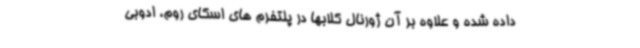
داده شده و علاوه بر آن ژورنال کلابها در پلتفرم های اسکای روم، ادوبی